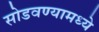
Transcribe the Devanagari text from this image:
सोडवण्यामध्ये